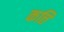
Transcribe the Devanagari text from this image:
कत्ति